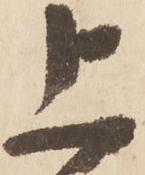
上